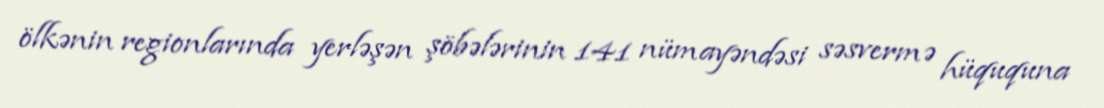
ölkənin regionlarında yerləşən şöbələrinin 141 nümayəndəsi səsvermə hüququna